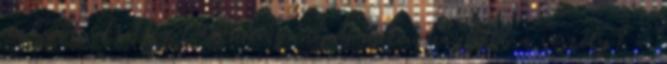
reakciót. Esetleg több méreganyag esetén nagyobb a veszély? –